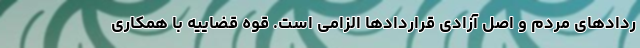
ردادهای مردم و اصل آزادی قراردادها الزامی است. قوه قضاییه با همکاری